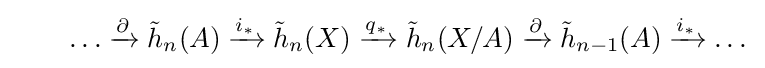
\qquad \dots \xrightarrow {\partial } {\tilde {h}}_{n}(A)\xrightarrow {i_{*}} {\tilde {h}}_{n}(X)\xrightarrow {q_{*}} {\tilde {h}}_{n}(X/A)\xrightarrow {\partial } {\tilde {h}}_{n-1}(A)\xrightarrow {i_{*}} \dots